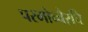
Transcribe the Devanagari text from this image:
परमोच्चैरपि